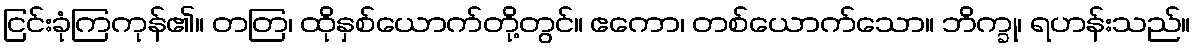
ငြင်းခုံကြကုန်၏။ တတြ၊ ထိုနှစ်ယောက်တို့တွင်။ ဧကော၊ တစ်ယောက်သော။ ဘိက္ခု၊ ရဟန်းသည်။